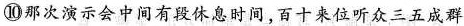
⑩那次演示会中间有段休息时间，百十来位听众三五成群